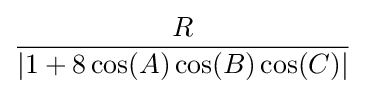
{\frac {R}{|1+8\cos(A)\cos(B)\cos(C)|}}